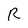
Character: R